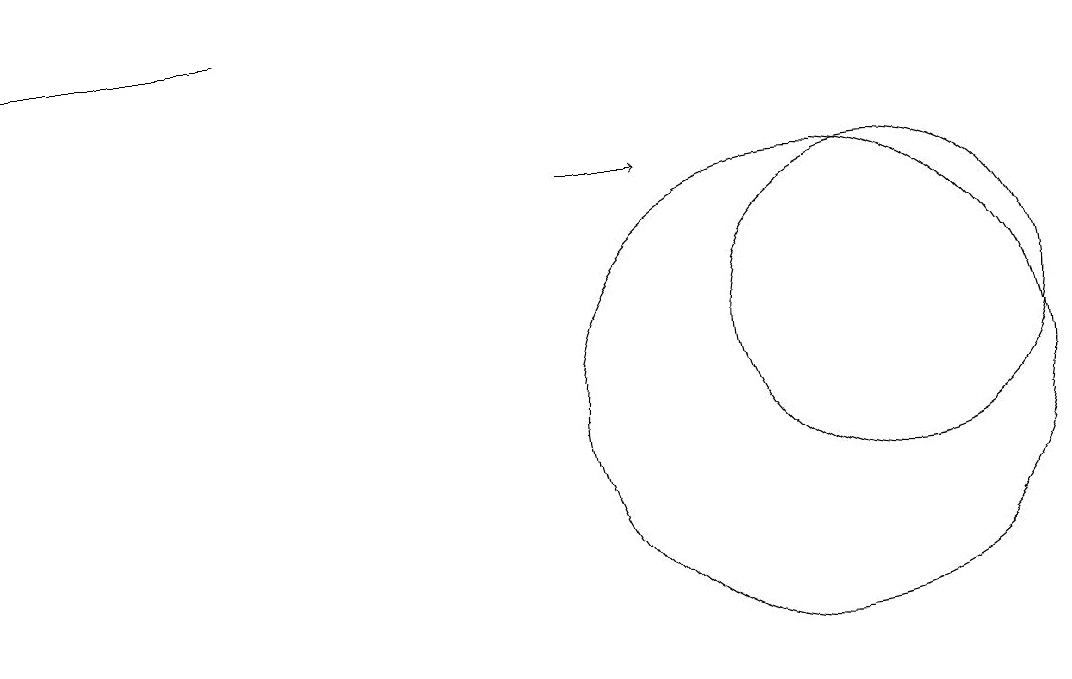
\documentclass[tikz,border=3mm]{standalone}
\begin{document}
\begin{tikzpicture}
\draw (0,15) rectangle (3,15);
\draw[->] (7,13) -- (8,13);
\draw (10,10) circle (3);
\draw (11,11) circle (2);
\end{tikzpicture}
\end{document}